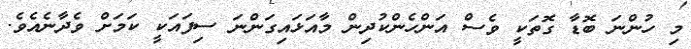
މި ހުންނަ ބޮޑާ ގޮތަކީ ވެސް އަންހެންކުދިން މާއަޅައިގަންނަ ސިފައަކީ ކަމަށް ވެދާނެއެވެ.